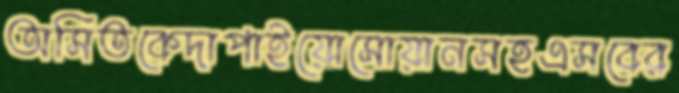
অসিতকেদাপাইয়োসোয়ানসহএসবের